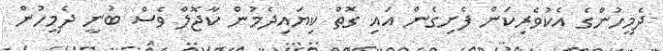
ދެމީހުންގެ އެކުވެރިކަން ފެށިގެން އައި ގޮތް ކިޔައިދެމުން ކާޖޮލް ވެސް ބުނީ ދެމީހުން